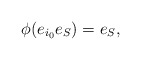
\begin{align*}\phi(e_{i_0}e_S)=e_S,\end{align*}